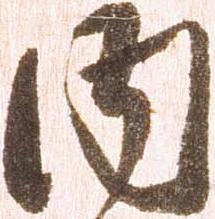
内